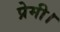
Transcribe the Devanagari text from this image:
प्रेमी।